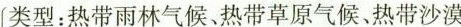
类 型：热带雨林气候、热带草原气候、热带沙漠